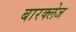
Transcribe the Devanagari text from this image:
बारक्लेज